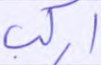
اركب